Report on vaccination in Madras 1904-1921 - 1904-1921
Year: 1904
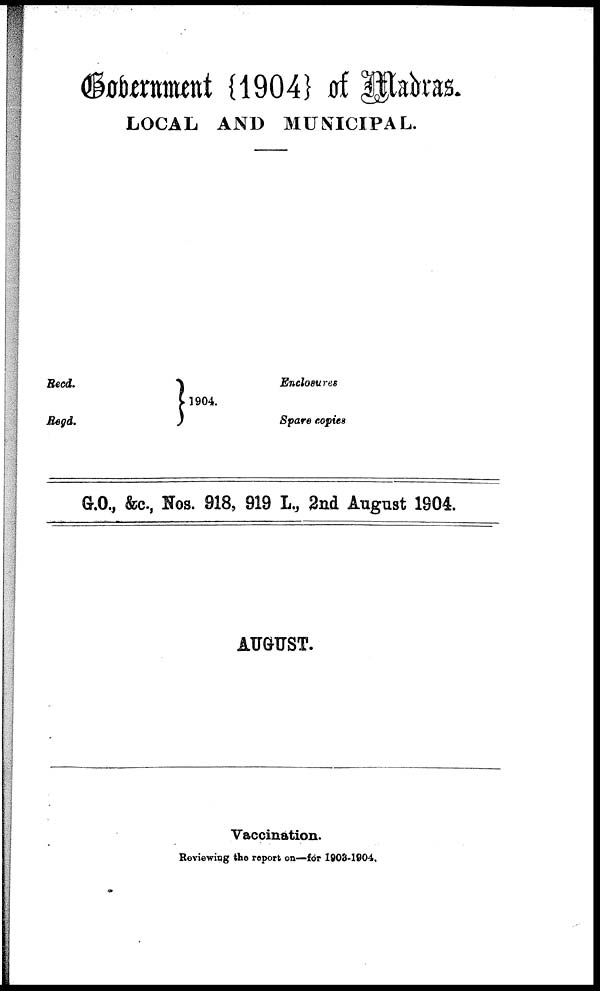
Government {1904} of Madras.
LOCAL AND MUNICIPAL.
Recd.
Regd.
1904.
Enclosures
Spare copies
G.O., &c., Nos. 918, 919 L., 2nd August 1904.
AUGUST.
Vaccination.
Reviewing the report on—for 1903-1904.